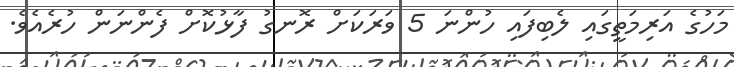
މަހުގެ އަރިމަތީގައި ލެބިފައި ހުންނަ 5 ވަރަކަށް ރޮނގު ފާޅުކޮށް ފެންނަން ހުރެއެެވެ.